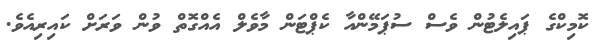
ކޮމިކްގެ ޕައިލެޓުން ވެސް ސުޕަމޭންއާ ކެޕްޓަން މާވެލް އެއްގޮތް ވުން ވަރަށް ކައިރިއެވެ.